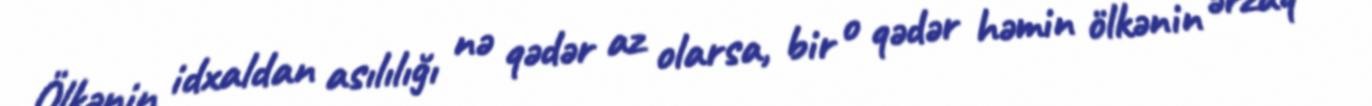
Ölkənin idxaldan asılılığı nə qədər az olarsa, bir o qədər həmin ölkənin ərzaq